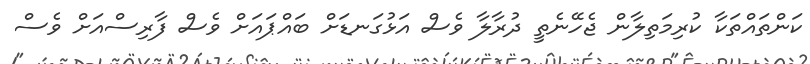
ކަންތައްތަކާ ކުރިމަތިލާން ޖެހޭނެތީ ދުރާލާ ވެސް އަޅުގަނޑަށް ބައްޕައަށް ވެސް ފާރިސްއަށް ވެސް